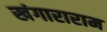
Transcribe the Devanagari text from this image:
खंगाराराम